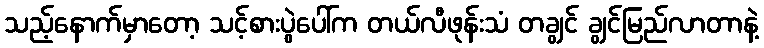
သည့်နောက်မှာတော့ သင့်စားပွဲပေါ်က တယ်လီဖုန်းသံ တချွင် ချွင်မြည်လာတာနဲ့